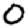
Digit: 0